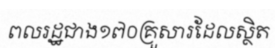
ពលរដ្ឋជាង១៧០គ្រួសារដែលស្ថិត